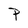
Character: P